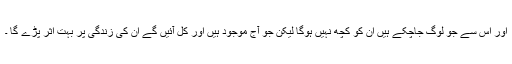
اور اس سے جو لوگ جاچکے ہیں ان کو کچھ نہیں ہوگا لیکن جو آج موجود ہیں اور کل آئیں گے ان کی زندگی پر بہت اثر پڑے گا ۔